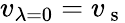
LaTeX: v_{\lambda=0}=v_{\mathrm{~s~}}